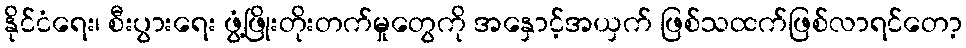
နိုင်ငံရေး၊ စီးပွားရေး ဖွံ့ဖြိုးတိုးတက်မှုတွေကို အနှောင့်အယှက် ဖြစ်သထက်ဖြစ်လာရင်တော့